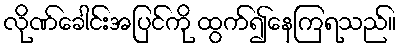
လိုဏ်ခေါင်းအပြင်ကို ထွက်၍နေကြရသည်။